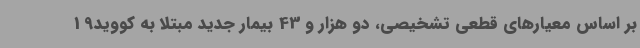
بر اساس معیارهای قطعی تشخیصی، دو هزار و 43 بیمار جدید مبتلا به کووید19